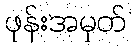
ဖုန်းအမှတ်